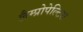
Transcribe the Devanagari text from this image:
लैम्प्रोपेल्टिस